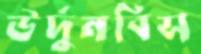
উর্দুনবিস